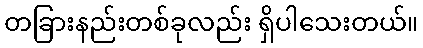
တခြားနည်းတစ်ခုလည်း ရှိပါသေးတယ်။